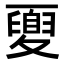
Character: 𡕻